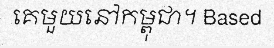
គេមួយនៅកម្ពុជា។ Based